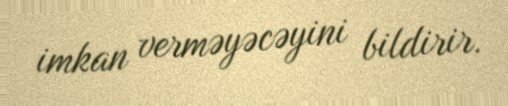
imkan verməyəcəyini bildirir.